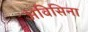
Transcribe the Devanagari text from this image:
अविसिना